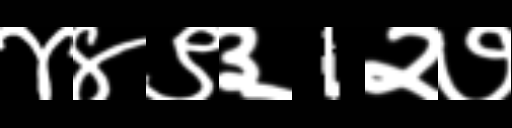
Text: ४४९३1२७